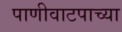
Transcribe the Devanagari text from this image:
पाणीवाटपाच्या